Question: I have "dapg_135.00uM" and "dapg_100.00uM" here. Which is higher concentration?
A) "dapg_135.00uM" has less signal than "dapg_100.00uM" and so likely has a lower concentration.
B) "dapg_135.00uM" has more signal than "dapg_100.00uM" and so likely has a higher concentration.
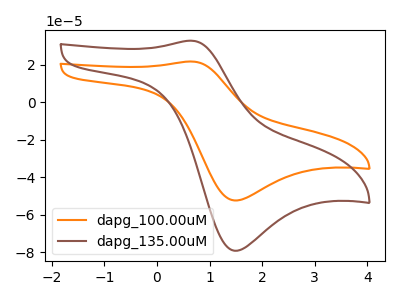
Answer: <think>The orange curve "dapg_100.00uM" has an anodic peak at (0.65V, 21.60uA) and a cathodic peak at (1.50V, -52.35uA). The brown curve "dapg_135.00uM" has an anodic peak at (0.65V, 32.70uA) and a cathodic peak at (1.50V, -79.10uA).
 All the peaks in "dapg_135.00uM" have a peak in "dapg_100.00uM" at the same potential. Every peak in "dapg_135.00uM" is higher than every peak in "dapg_100.00uM".</think>
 <answer>B) "dapg_135.00uM" has more signal than "dapg_100.00uM" and so likely has a higher concentration.</answer>
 <eval>B</eval>